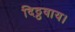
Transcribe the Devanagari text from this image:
दिठ्ठवाय।